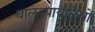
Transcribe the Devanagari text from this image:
बालन्यायालयों